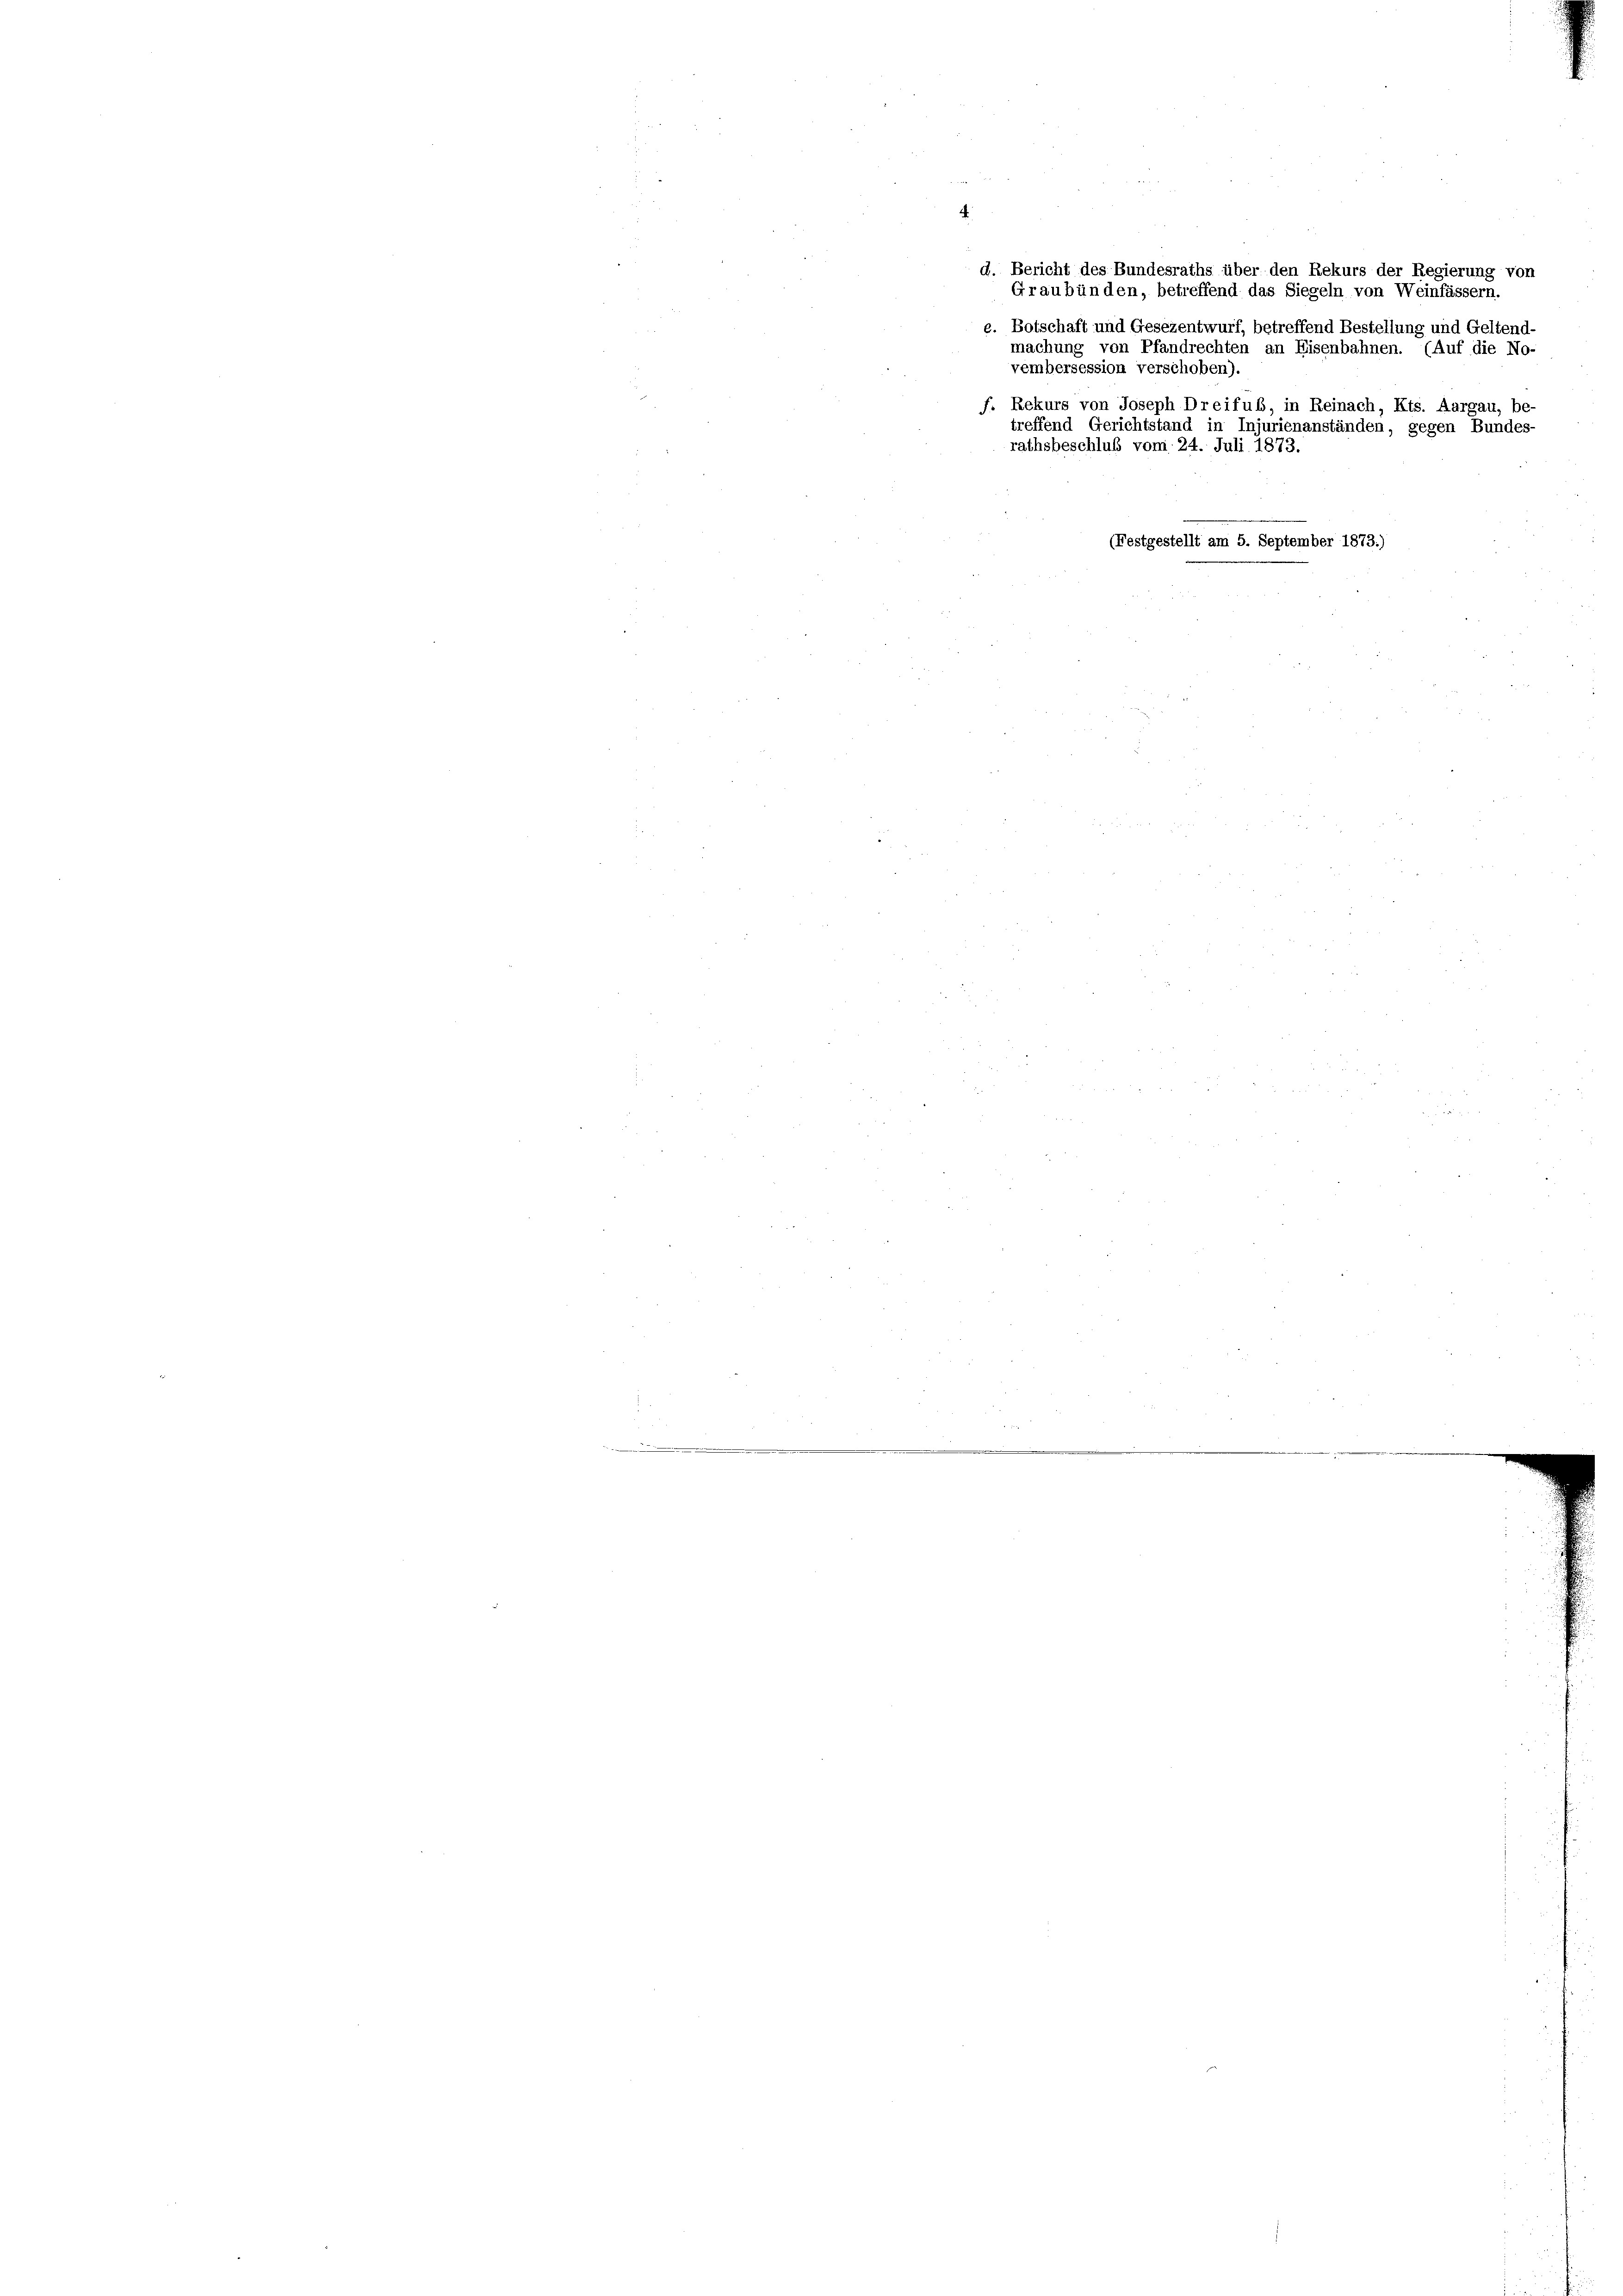
vembersession verschoben).

d. Bericht des Bundesraths über den Rekurs der Regierung von
Graubünden, betreffend das Siegeln von Weinfässern.
e. Botschaft und Gesezentwurf, betreffend Bestellung und Geltend-
machung von Pfandrechten an Eisenbahnen. (Auf die No-
f. Rekurs von Joseph Dreifub, in Reinach, Kts. Aargau, be-
rathsbeschluß vom 24. Juli 1873.

(Festgestellt am 5. September 1873.)

treffend Gerichtstand in Injurienanständen, gegen Bundes-